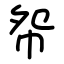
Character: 㠾